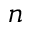
n